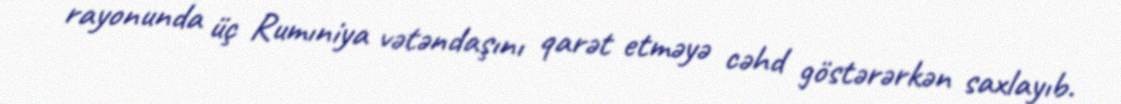
rayonunda üç Rumıniya vətəndaşını qarət etməyə cəhd göstərərkən saxlayıb.